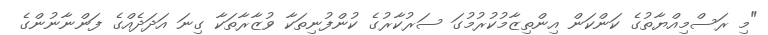
"މި ރަސްމިއްޔާތުގެ ކަންކަން އިންތިޒާމުކުރުމުގަ ސަރުކާރުގެ ކުންފުނިތަކާ ވުޒާރާތަކާ ގިނަ އަދަދެއްގެ ފަންނާނުންގެ